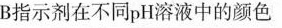
B指示剂在不同pH溶液中的颜色